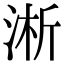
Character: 淅